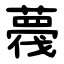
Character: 薎